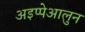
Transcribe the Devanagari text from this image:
अइप्पेआलुन